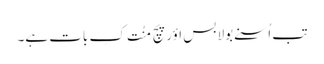
تب اُسنے بولا بس اؤر پچ مِنُت کِ بات ہے۔